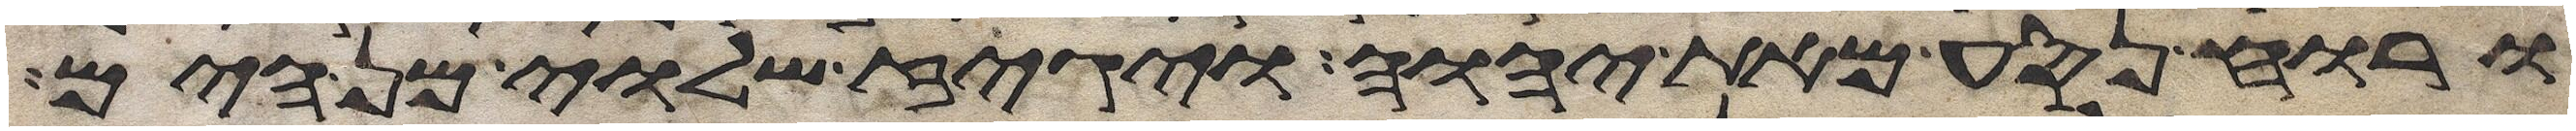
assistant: ורוח נסע מאת יהוה ויגז שלוי מן הים